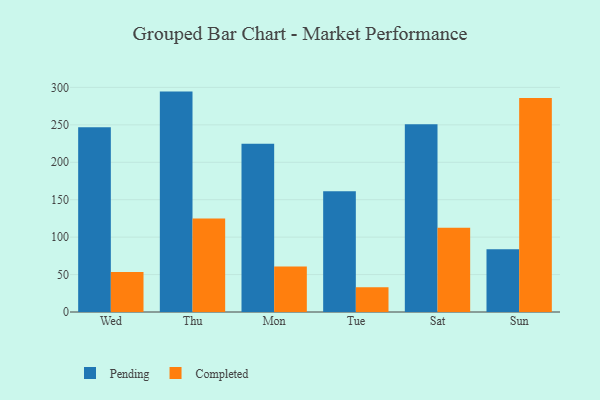
{"axis": {"x": "Day", "y": "Inventory Turnover"}, "legend": ["Completed", "Pending"], "data": [{"x": "Wed", "y": 246.8, "type": "Pending"}, {"x": "Wed", "y": 53.3, "type": "Completed"}, {"x": "Thu", "y": 294.4, "type": "Pending"}, {"x": "Thu", "y": 124.8, "type": "Completed"}, {"x": "Mon", "y": 224.7, "type": "Pending"}, {"x": "Mon", "y": 60.8, "type": "Completed"}, {"x": "Tue", "y": 161.3, "type": "Pending"}, {"x": "Tue", "y": 33.1, "type": "Completed"}, {"x": "Sat", "y": 250.9, "type": "Pending"}, {"x": "Sat", "y": 112.5, "type": "Completed"}, {"x": "Sun", "y": 83.9, "type": "Pending"}, {"x": "Sun", "y": 286.0, "type": "Completed"}]}